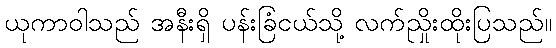
ယုကာဝါသည် အနီးရှိ ပန်းခြံငယ်သို့ လက်ညှိုးထိုးပြသည်။